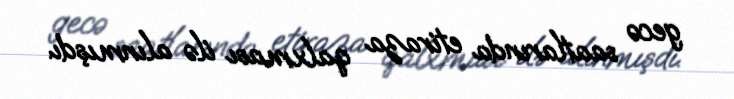
gecə saatlarında etiraza qalxması ilə alınmışdı.